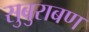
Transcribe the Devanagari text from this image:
सुबुराबण